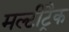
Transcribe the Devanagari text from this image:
मल्टीट्रैक